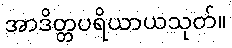
အာဒိတ္တပရိယာယသုတ်။